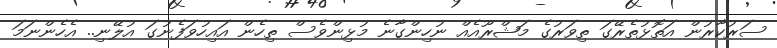
ސަރުކާރުން އަތޮޅުތެރޭގަ ތިވަރުގެ މަޝްރޫއެއް ނުހިންގާނެ މުޅިންވެސް ތިހެން އައިހުވަފެނުގަ އުލޭނި.. އެހެންނަމަ